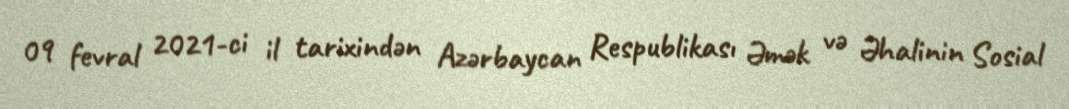
09 fevral 2021-ci il tarixindən Azərbaycan Respublikası Əmək və Əhalinin Sosial